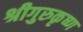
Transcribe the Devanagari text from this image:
श्रीगुरुकृष्ण